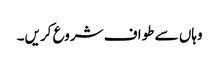
وہاں سے طواف شروع کریں۔